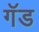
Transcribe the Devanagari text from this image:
गॅड